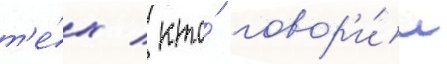
т'е́х / кто́ говор'и́л